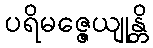
ပရိမဇ္ဇေယျုန္တိ